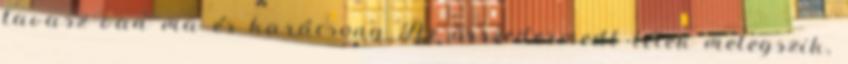
tavasz van ma és karácsony Az összedermedt lélek melegszik,